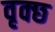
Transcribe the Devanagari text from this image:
वृक्छ